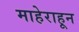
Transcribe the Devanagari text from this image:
माहेराहून